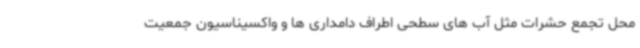
محل تجمع حشرات مثل آب های سطحی اطراف دامداری ها و واکسیناسیون جمعیت